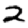
Digit: 2